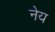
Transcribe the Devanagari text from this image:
नेय